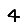
Digit: 4